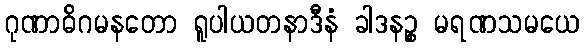
ဂုဏာဓိဂမနတော ရူပါယတနာဒီနံ ခါဒနဉ္စ မရဏသမယေ